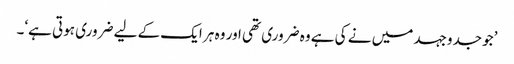
’جو جدوجہد میں نے کی ہے وہ ضروری تھی اور وہ ہر ایک کے لیے ضروری ہوتی ہے‘۔